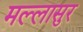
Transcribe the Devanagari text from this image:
मल्लासुर